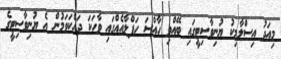
މިއަދު އިސްލާމިކު ޔުނިވާސިޓީގައި ބޭއްވި ހާއްސަ ހަފްލާއެއްގައި ވާހަކަ ދައްކަވަމުން އެ ޔުނިވާސިޓީގެ